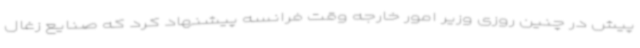
پیش در چنین روزی وزیر امور خارجه وقت فرانسه پیشنهاد کرد که صنایع زغال